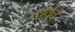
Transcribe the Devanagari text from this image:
व्यथेंचे